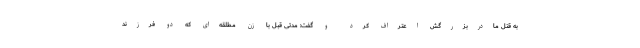
به قتل مادربزرگش اعتراف کرد و گفت: مدتی قبل با زن مطلقه‌ای که دو فرزند